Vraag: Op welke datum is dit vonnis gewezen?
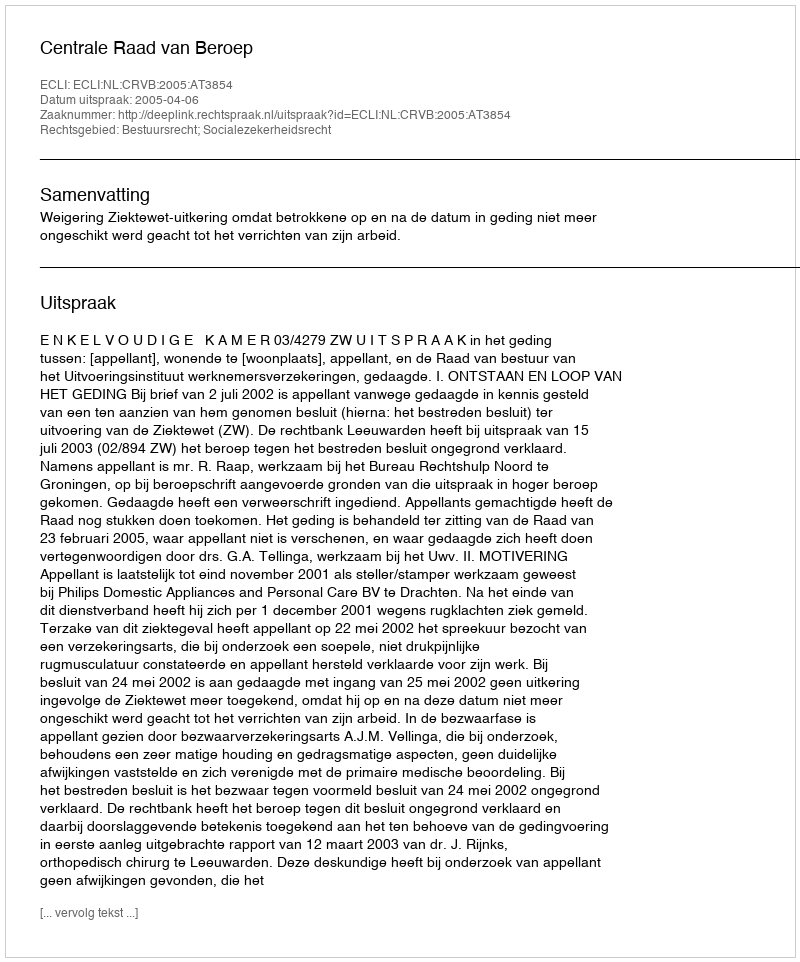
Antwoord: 2005-04-06